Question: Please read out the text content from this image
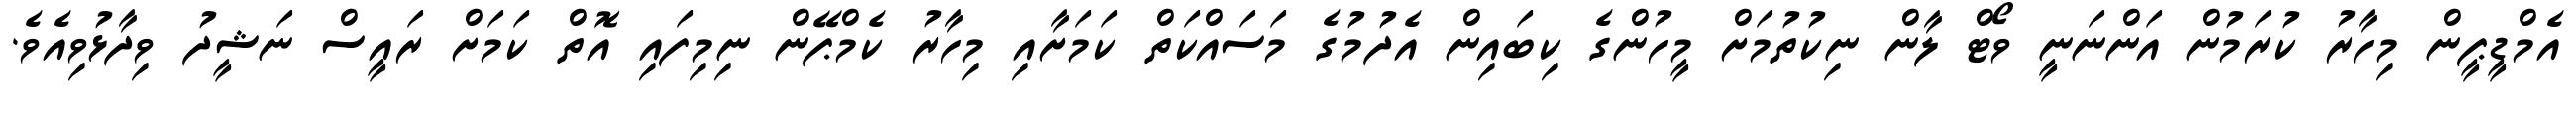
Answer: އެމްޑީޕީން މިހާރު ކުރަމުން އަންނަނީ ވޯޓް ލާން ނިކުތުމަށް މީހުންގެ ކިބައިން އެދުމުގެ މަސައްކަތް ކަމަށާއި މިހާރު ކެމްޕޭން ނިމިފައި އޮތް ކަމަށް ރައީސް ނަޝީދު ވިދާޅުވިއެވެ.